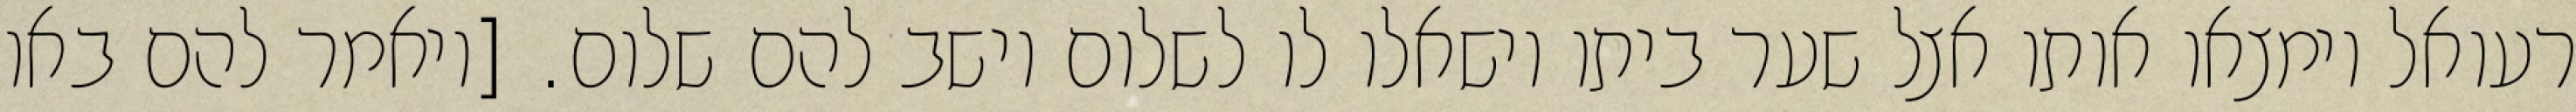
רעואל וימצאו אותו אצל שער ביתו וישאלו לו לשלום וישב להם שלום. [ויאמר להם באו